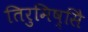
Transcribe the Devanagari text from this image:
तिरुमिष्सिे